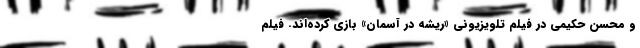
و محسن حکیمی در فیلم تلویزیونی «ریشه در آسمان» بازی کرده‌اند. فیلم